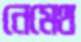
নেমেথ